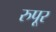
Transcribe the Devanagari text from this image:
रुपूर